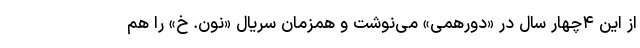
از این ۴چهار سال در «دورهمی» می‌نوشت و همزمان سریال «نون. خ» را هم